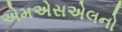
એમએસએલનો